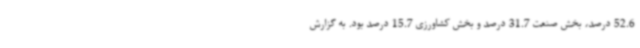
52.6 درصد، بخش صنعت 31.7 درصد و بخش کشاورزی 15.7 درصد بود. به گزارش